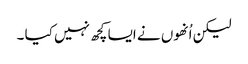
لیکن اُنھوں نے ایسا کچھ نہیں کیا ۔